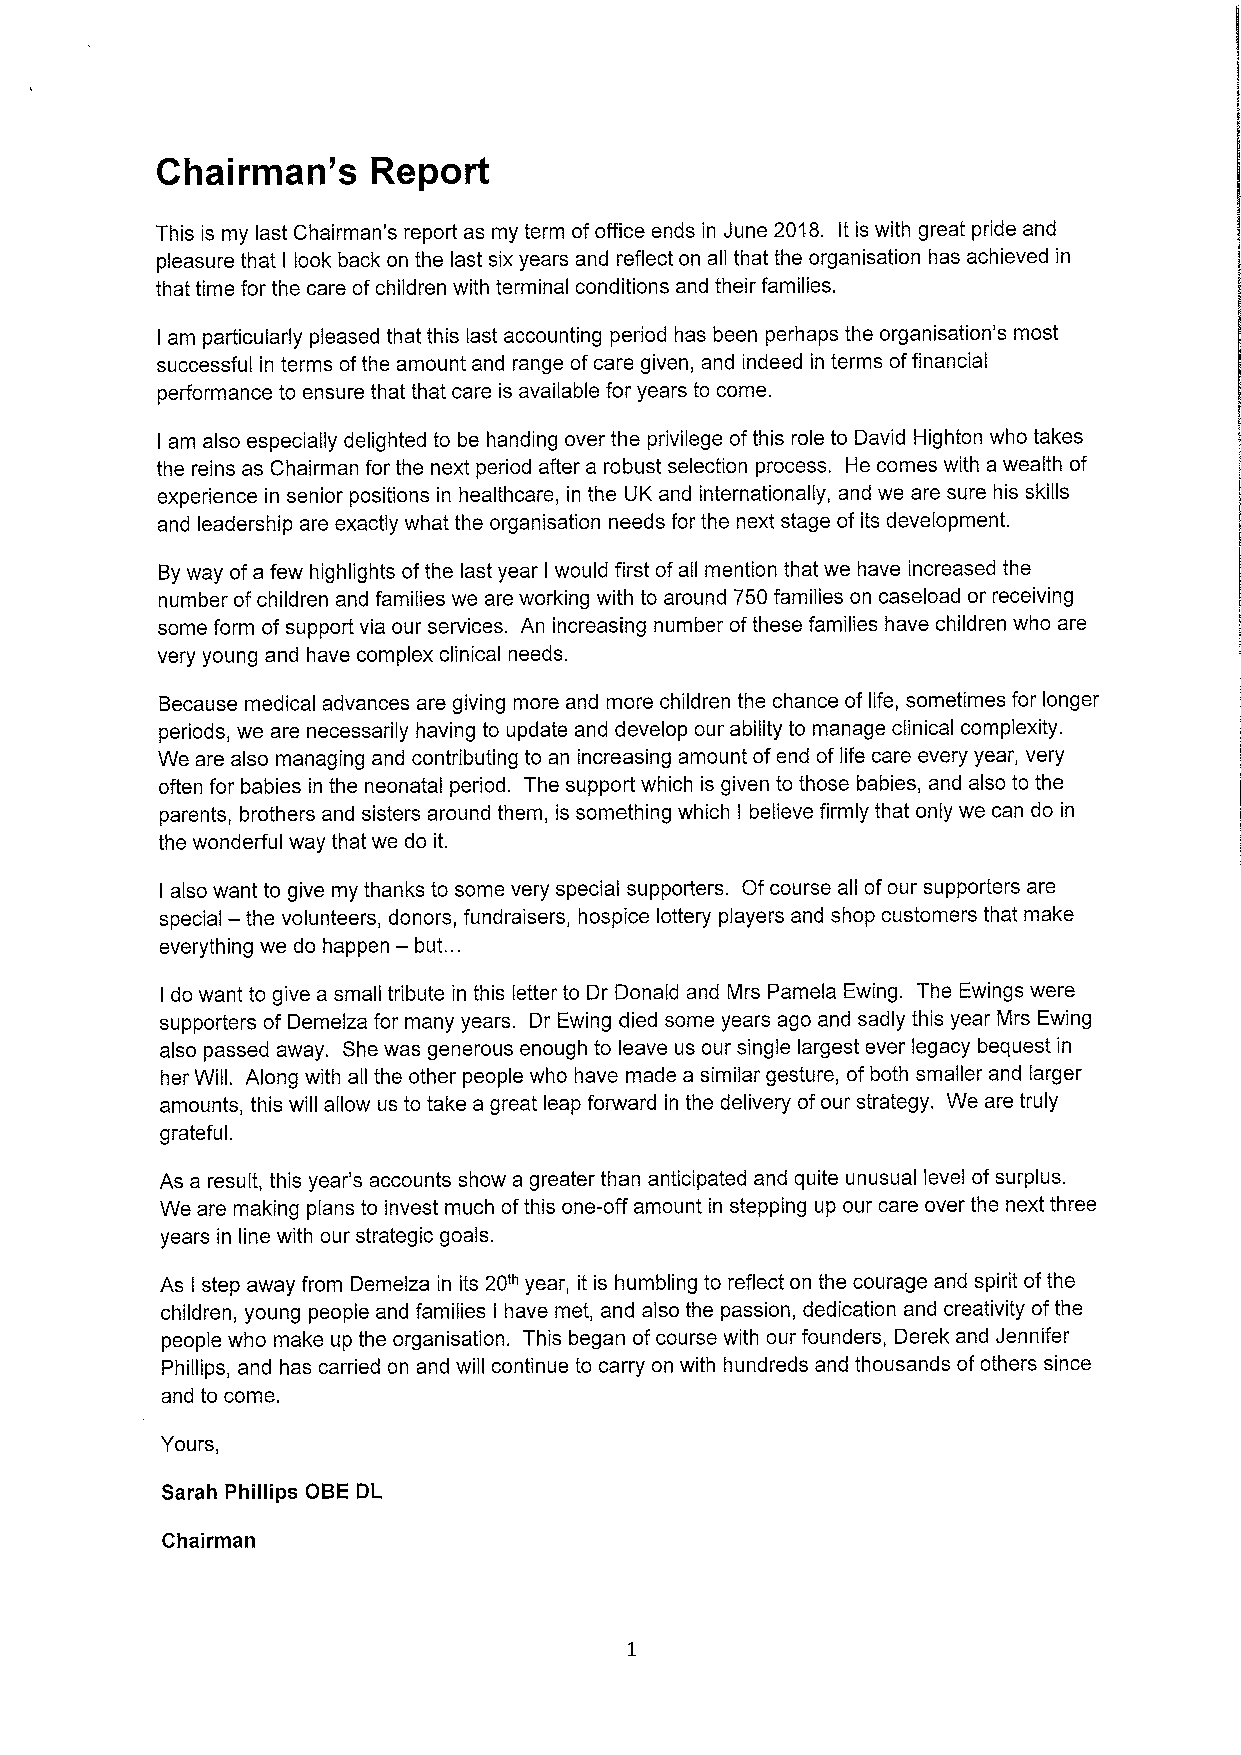
Chairman's     Report
 This is my last Chairman's report as my term ofoffice ends in June 20'l8. It is with great pride and
 pleasure that look back on the last six years and reflect on all that the organisation has achieved in
 I
 that time for the care ofchildren with terminal conditions and their families.
 am particularly pleased that this last accounting period has been perhaps the organisation's most
 I
 successful in terms ofthe amount and range ofcare given, and indeed in terms offinancial
 performance to ensure that that care is available for years to come.
 am also especially delighted to be handing over the privilege ofthis role to David Highton who takes
 I
 the reins as Chairman for the next period after a robust selection process. He comes with a wealth of
 experience in senior positions in healthcare, in the UK and internationally, and we are sure his skills
 and leadership are exactly what the organisation needs for the next stage of its development.
 Byway ofa few highlights ofthe last year I would first ofall mention that we have increased the
 number ofchildren and families we are working with to around 750 families on caseload or receiving
 some form of support via our services. An increasing number ofthese families have children who are
 very young and have complex clinical needs.
 Because medical advances are giving more and more children the chance of life, sometimes for longer
 periods, we are necessarily having to update and develop our ability to manage clinical complexity.
 We are also managing and contributing to an increasing amount ofend of life care every year, very
 often for babies in the neonatal period. The support which is given to those babies, and also to the
 parents, brothers and sisters around them, is something which believe firmly that only we can do in
 I
 the wonderful way that we do it.
 also want to give my thanks to some very special supporters. Of course all ofour supporters are
 I
 special — the volunteers, donors, fundraisers, hospice lottery players and shop customers that make
 —
 everything we do happen but. ..
 do want to give a small tribute in this letter to Dr Donald and Mrs Pamela Ewing. The Ewings were
 I
 supporters of Demelza for many years. Dr Ewing died some years ago and sadly this year Mrs Ewing
 also passed away. She was generous enough to leave us our single largest ever legacy bequest in
 her Will. Along with all the other people who have made a similar gesture, ofboth smaller and larger
 amounts, this will allow us to take a great leap forward in the delivery ofour strategy. We are truly
 grateful.
 As a result, this year's accounts show a greater than anticipated and quite unusual level ofsurplus.
 We are making plans to invest much ofthis one-off amount in stepping up our care over the next three
 years in line with our strategic goals.
 As step away from Demelza in its 20'"year, it is humbling to reflect on the courage and spirit ofthe
 I
 children, young people and families have met, and also the passion, dedication and creativity ofthe
 I
 people who make up the organisation. This began ofcourse with our founders, Derek and Jennifer
 Phillips, and has carried on and will continue to carry on with hundreds and thousands ofothers since
 and to come.
 Yours,
 Sarah Phillips OBE DL
 Chairman